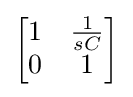
{\begin{bmatrix}1&{1 \over sC}\\0&1\end{bmatrix}}